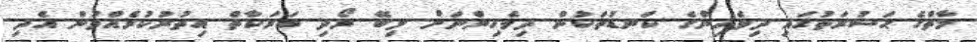
މާތްގެ ޙަޟުރަތުގައި ދިވެހިންގެ ކަނޑުތަކުން ދިވެހިންނަށް ލިބޭ ރޯދި ބަރަކާތް އިތުރުކުރެއްވުން އެދި